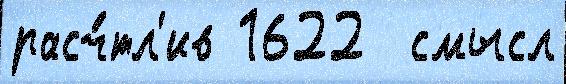
расч́тл'ив 1622  смысл